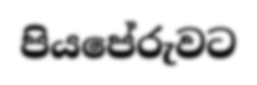
පියපේරුවට